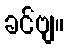
ခင်ဗျ။